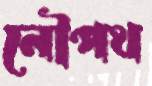
নৌপথ